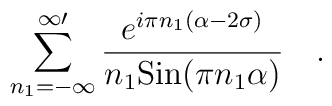
\sum_{n_1=-\infty }^{\infty \prime} {{e^{i \pi n_1(\alpha - 2\sigma)}}	\over{n_1 {\rm Sin}(\pi n_1 \alpha)}} \quad .